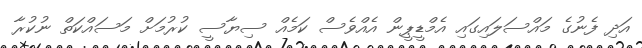
އަދި ފެނުގެ މައްސަލައިގައި އެމްޑީޕީން އެއްވެސް ކަމެއް ސިޔާސީ ކުރުމަށް މަސައްކަތް ނުކުރާ